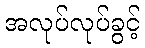
အလုပ်လုပ်ခွင့်